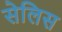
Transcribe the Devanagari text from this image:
सेलिस